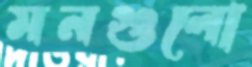
মনগুলো